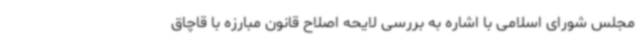
مجلس شورای اسلامی با اشاره به بررسی لایحه اصلاح قانون مبارزه با قاچاق